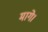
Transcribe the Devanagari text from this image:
मागे।